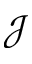
\mathcal { J }